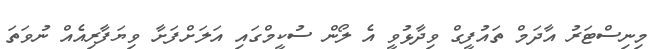
މިނިސްޓަރު އާދަމް ތައުފީގް ވިދާޅުވީ އެ ލޯން ސުކީމްގައި އަލަށްފަށާ ވިޔަފާރިއެއް ނުވަތަ